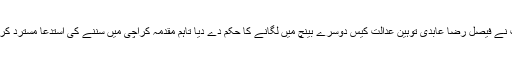
عدالت نے فیصل رضا عابدی توہین عدالت کیس دوسرے بینچ میں لگانے کا حکم دے دیا تاہم مقدمہ کراچی میں سننے کی استدعا مسترد کر دی ۔